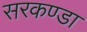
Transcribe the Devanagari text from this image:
सरकण्डा